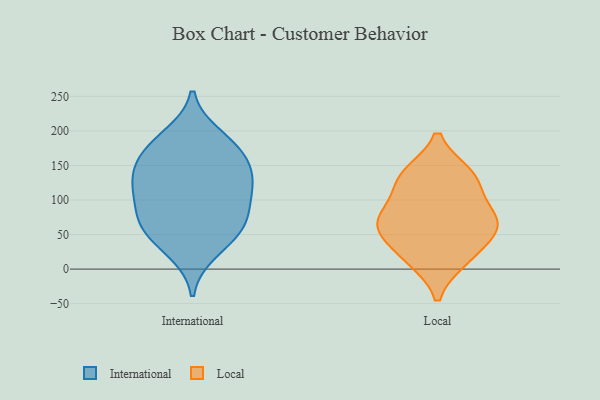
{"axis": {"x": "Page Views", "y": "Value"}, "legend": ["International", "Local"], "data": [{"x": "", "y": 26, "type": "International"}, {"x": "", "y": 66, "type": "International"}, {"x": "", "y": 121, "type": "International"}, {"x": "", "y": 160, "type": "International"}, {"x": "", "y": 178, "type": "International"}, {"x": "", "y": 77, "type": "International"}, {"x": "", "y": 92, "type": "International"}, {"x": "", "y": 49, "type": "International"}, {"x": "", "y": 133, "type": "International"}, {"x": "", "y": 131, "type": "International"}, {"x": "", "y": 192, "type": "International"}, {"x": "", "y": 59, "type": "International"}, {"x": "", "y": 118, "type": "International"}, {"x": "", "y": 169, "type": "International"}, {"x": "", "y": 57, "type": "Local"}, {"x": "", "y": 137, "type": "Local"}, {"x": "", "y": 18, "type": "Local"}, {"x": "", "y": 69, "type": "Local"}, {"x": "", "y": 86, "type": "Local"}, {"x": "", "y": 14, "type": "Local"}, {"x": "", "y": 125, "type": "Local"}, {"x": "", "y": 57, "type": "Local"}, {"x": "", "y": 69, "type": "Local"}, {"x": "", "y": 135, "type": "Local"}]}